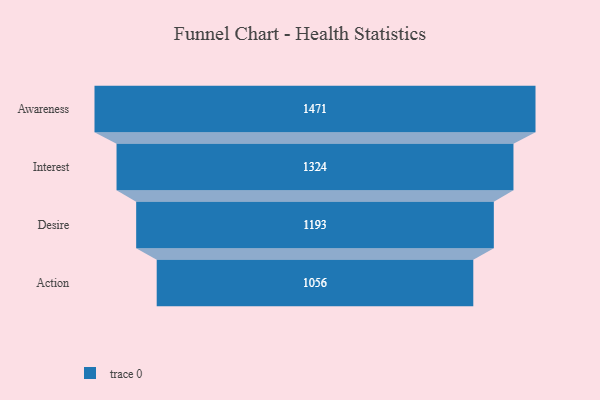
{"axis": {"x": "Stage", "y": "Value"}, "legend": [""], "data": [{"x": "Awareness", "y": 1471.0, "type": ""}, {"x": "Interest", "y": 1324.0, "type": ""}, {"x": "Desire", "y": 1193.0, "type": ""}, {"x": "Action", "y": 1056.0, "type": ""}]}